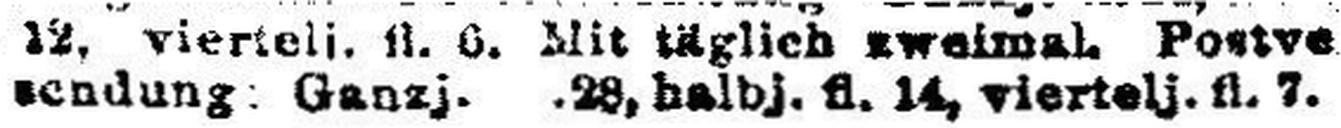
sendung Ganzj. 28, halbj. fl. 14, viertelj. fl. 7.